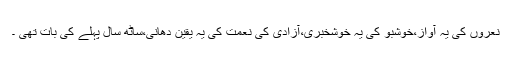
نعروں کی یہ آواز،خوشبو کی یہ خوشخبری،آزادی کی نعمت کی یہ یقین دھانی،ساٹھ سال پہلے کی بات تھی ۔